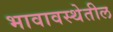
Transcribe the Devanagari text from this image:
भावावस्थेतील